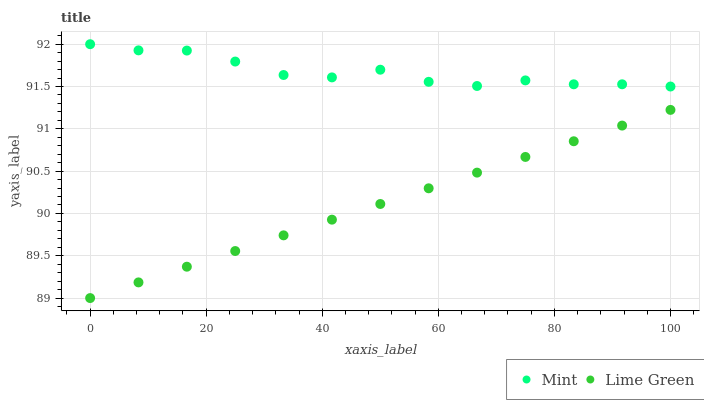
| xaxis_label | Mint | Lime Green |
 | --- | --- | --- |
 | 0 | 92 | 89 |
 | 8.33 | 91.9 | 89.2 |
 | 16.7 | 91.9 | 89.4 |
 | 25 | 91.8 | 89.6 |
 | 33.3 | 91.6 | 89.7 |
 | 41.7 | 91.6 | 89.9 |
 | 50 | 91.7 | 90.1 |
 | 58.3 | 91.6 | 90.3 |
 | 66.7 | 91.5 | 90.5 |
 | 75 | 91.6 | 90.7 |
 | 83.3 | 91.5 | 90.9 |
 | 91.7 | 91.5 | 91 |
 | 100 | 91.5 | 91.2 |